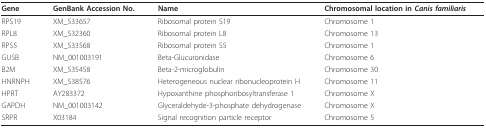
| Gene | GenBank Accession No. | Name | Chromosomal location in Canis familiaris |
 | --- | --- | --- | --- |
 | RPS19 | XM_533657 | Ribosomal protein S19 | Chromosome 1 |
 | RPL8 | XM_532360 | Ribosomal protein L8 | Chromosome 13 |
 | RPS5 | XM_533568 | Ribosomal protein S5 | Chromosome 1 |
 | GUSB | NM_001003191 | Beta-Glucuronidase | Chromosome 6 |
 | B2M | XM_535458 | Beta-2-microglobulin | Chromosome 30 |
 | HNRNPH | XM_538576 | Heterogeneous nuclear ribonucleoprotein H | Chromosome 11 |
 | HPRT | AY283372 | Hypoxanthine phosphoribosyltransferase 1 | Chromosome X |
 | GAPDH | NM_001003142 | Glyceraldehyde-3-phosphate dehydrogenase | Chromosome X |
 | SRPR | X03184 | Signal recognition particle receptor | Chromosome 5 |